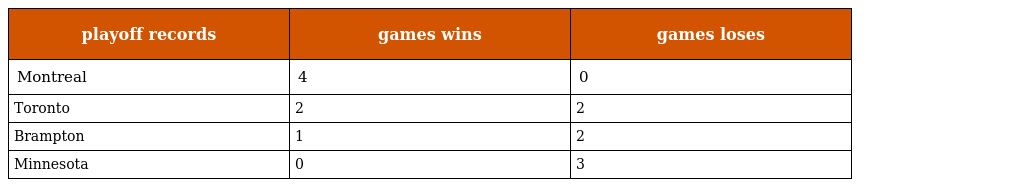
| playoff records | games wins | games loses |
 | --- | --- | --- |
 | Montreal | 4 | 0 |
 | Toronto | 2 | 2 |
 | Brampton | 1 | 2 |
 | Minnesota | 0 | 3 |